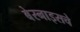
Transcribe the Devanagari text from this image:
बेरनाइसचे